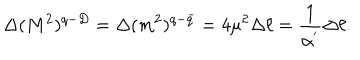
LaTeX: \Delta ( M ^ { 2 } ) ^ { q - D } = \Delta ( m ^ { 2 } ) ^ { q - \bar { q } } = 4 \mu ^ { 2 } \Delta \ell = \frac { 1 } { \alpha ^ { ' } } \Delta \ell .